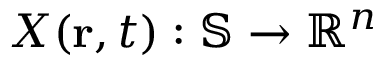
X ( \mathbf { r } , t ) : \mathbb { S } \rightarrow \mathbb { R } ^ { n }